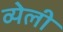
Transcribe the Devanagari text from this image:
व्येली